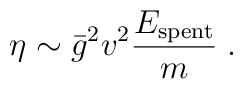
\eta\sim\bar{g}^2 v^2 \frac{E_{{\rm spent}}}{m} \; .